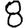
Digit: 8